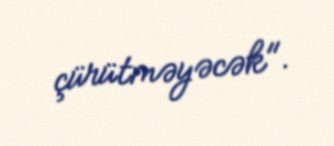
çürütməyəcək".